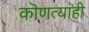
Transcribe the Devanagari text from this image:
कॊणत्याही